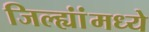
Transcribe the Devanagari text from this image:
जिल्ह्यांंमध्ये